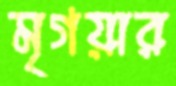
মৃগয়ার